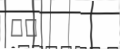
١٠